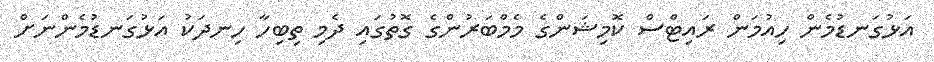
އަޅުގަނޑުމެން ހިއުމަން ރައިޓްސް ކޮމިޝަންގެ މެމްބަރުންގެ ގޮތުގައި ދެމި ތިބިހާ ހިނދަކު އަޅުގަނޑުމެންނަށް